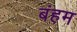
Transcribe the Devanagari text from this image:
बंहम